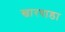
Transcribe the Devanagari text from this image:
खारपाडा